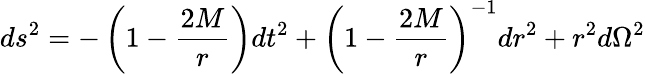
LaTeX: ds^{2}=-\left(1-\frac{2M}{r}\right)dt^{2}+\left(1-\frac{2M}{r}\right)^{-1}dr^{2}+r^{2}d\Omega^{2}